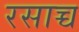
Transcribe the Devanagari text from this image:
रसाच्च